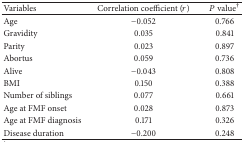
| Variables | Correlation coefficient (r) | P value† |
 | --- | --- | --- |
 | Age | −0.052 | 0.766 |
 | Gravidity | 0.035 | 0.841 |
 | Parity | 0.023 | 0.897 |
 | Abortus | 0.059 | 0.736 |
 | Alive | −0.043 | 0.808 |
 | BMI | 0.150 | 0.388 |
 | Number of siblings | 0.077 | 0.661 |
 | Age at FMF onset | 0.028 | 0.873 |
 | Age at FMF diagnosis | 0.171 | 0.326 |
 | Disease duration | −0.200 | 0.248 |